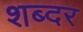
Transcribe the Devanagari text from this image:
शब्दर